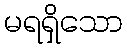
မရရှိသော